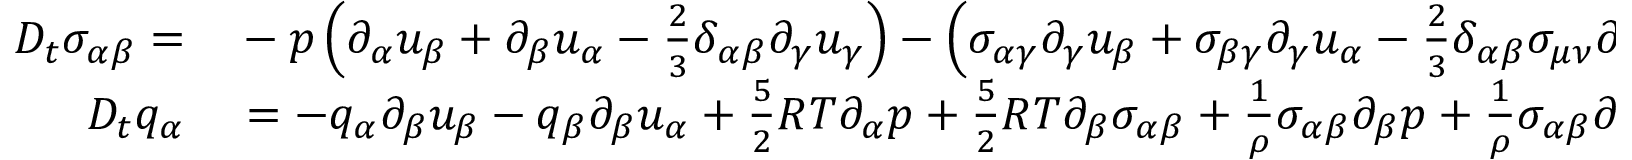
\begin{array} { r l } { D _ { t } \sigma _ { \alpha \beta } = } & { { } - p \left( \partial _ { \alpha } u _ { \beta } + \partial _ { \beta } u _ { \alpha } - \frac { 2 } { 3 } \delta _ { \alpha \beta } \partial _ { \gamma } u _ { \gamma } \right) - \left( \sigma _ { \alpha \gamma } \partial _ { \gamma } u _ { \beta } + \sigma _ { \beta \gamma } \partial _ { \gamma } u _ { \alpha } - \frac { 2 } { 3 } \delta _ { \alpha \beta } \sigma _ { \mu \nu } \partial _ { \nu } u _ { \mu } \right) } \\ { D _ { t } q _ { \alpha } } & { { } = - q _ { \alpha } \partial _ { \beta } u _ { \beta } - q _ { \beta } \partial _ { \beta } u _ { \alpha } + \frac { 5 } { 2 } R T \partial _ { \alpha } p + \frac { 5 } { 2 } R T \partial _ { \beta } \sigma _ { \alpha \beta } + \frac { 1 } { \rho } \sigma _ { \alpha \beta } \partial _ { \beta } p + \frac { 1 } { \rho } \sigma _ { \alpha \beta } \partial _ { \gamma } \sigma _ { \gamma \beta } } \end{array}